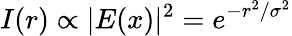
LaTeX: I(r)\propto|E(x)|^{2}=e^{-r^{2}/\sigma^{2}}